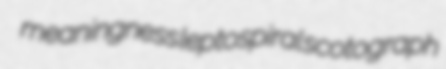
meaningness leptospiral scotograph